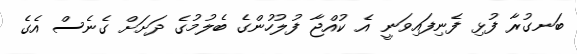
ބަނގުރާ ފުޅި ފެނިފައިވަނީ އެ ކުއްޖާ ފުލުހުންގެ ބެލުމުގެ ދަށަށް ގެނެސް އެގެ